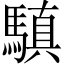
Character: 𩥄